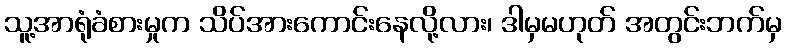
သူ့အာရုံခံစားမှုက သိပ်အားကောင်းနေလို့လား၊ ဒါမှမဟုတ် အတွင်းဘက်မှ